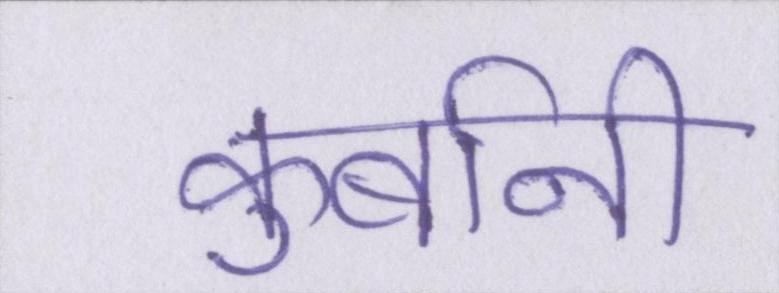
कुर्बानी